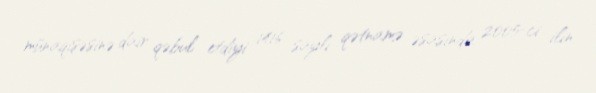
münaqişəsinə dair qəbul etdiyi 1416 saylı qətnamə əsasında 2005-ci ilin